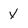
Character: Y